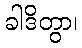
ခါဒိတွာ၊